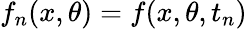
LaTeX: f_{n}(x,\theta)=f(x,\theta,t_{n})